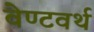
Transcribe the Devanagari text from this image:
वेण्टवर्थ